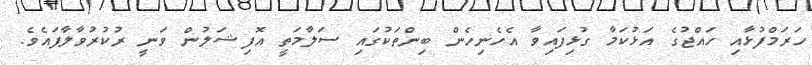
ހަރަމްފުޅާއި ހައްޖުގެ އަޅުކަމާ ގުޅިފައިވާ އެހެނިހެން ބިންތަކުގައި ސަލާމަތީ އޮފިޝަލުން ވަނީ ރުކުރުވާލާފައެވެ.